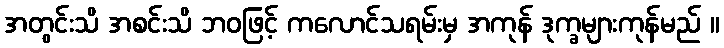
အတွင်းသိ အစင်းသိ ဘဝဖြင့် ကလောင်သရမ်းမှ အကုန် ဒုက္ခများကုန်မည် ။